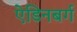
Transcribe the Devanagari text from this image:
ऐडिनबर्ग